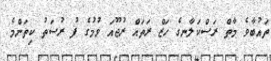
ތައުބާވެ މާތް ރަސްކަލާނގެ ހަޒް ރަތައް ރުޖޫއަ ވުމުގެ ފު ރުސަތު ކިތަންމެ